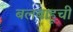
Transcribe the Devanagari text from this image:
बलबाहूची